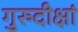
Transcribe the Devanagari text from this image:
गुरुदीक्षां